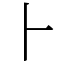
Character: ⺊